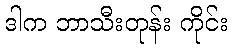
ဒါက ဘာသီးတုန်း ကိုင်း